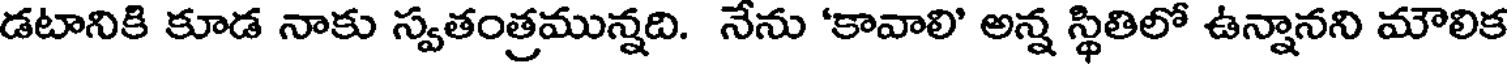
డటానికి కూడ నాకు స్వతంత్రమున్నది. నేను 'కావాలి' అన్న స్థితిలో ఉన్నానని మౌలిక